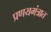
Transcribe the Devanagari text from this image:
प्रणयमंत्रात